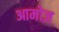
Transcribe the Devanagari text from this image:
आमोज़